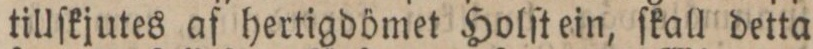
tillſkjutes af hertigdömet Holſt ein, ſkall detta